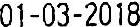
01-03-2018